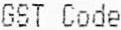
GST CODE